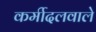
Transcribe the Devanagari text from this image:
कर्मीदलवाले